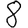
Digit: 8